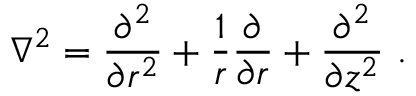
\nabla ^ { 2 } = \frac { \partial ^ { 2 } } { \partial r ^ { 2 } } + \frac { 1 } { r } \frac { \partial } { \partial r } + \frac { \partial ^ { 2 } } { \partial z ^ { 2 } } \ .